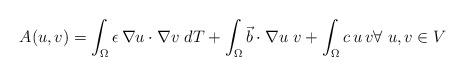
LaTeX: \begin{align*}A(u,v)=\int_{\Omega} \epsilon \, \nabla u \cdot \nabla v \ dT +\int_{\Omega} \vec{b} \cdot \nabla u\ v+\int_{\Omega} c \, u \, v \forall \ u,v \in V\end{align*}